Specificity of antivenomous sera (second communication) - Number 10
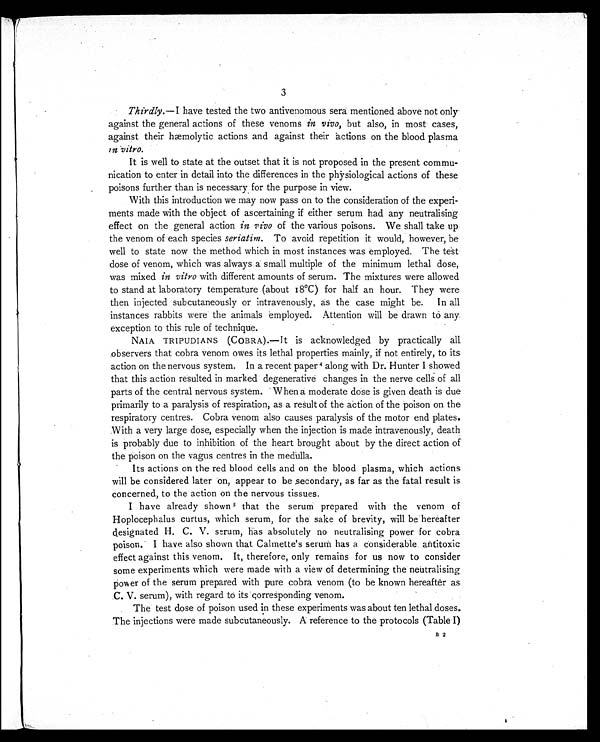
3
Thirdly.—I have tested the two antivenomous sera mentioned above not only
against the general actions of these venoms in vivo, but also, in most cases,
against their hæmolytic actions and against their actions on the blood plasma
in vitro.
It is well to state at the outset that it is not proposed in the present commu-
nication to enter in detail into the differences in the physiological actions of these
poisons further than is necessary for the purpose in view.
With this introduction we may now pass on to the consideration of the experi-
ments made with the object of ascertaining if either serum had any neutralising
effect on the general action in vivo of the various poisons. We shall take up
the venom of each species seriatim. To avoid repetition it would, however, be
well to state now the method which in most instances was employed. The test
dose of venom, which was always a small multiple of the minimum lethal dose,
was mixed in vitro with different amounts of serum. The mixtures were allowed
to stand at laboratory temperature (about 18°C) for half an hour. They were
then injected subcutaneously or intravenously, as the case might be. In all
instances rabbits were the animals employed. Attention will be drawn to any
exception to this rule of technique.
NAIA TRIPUDIANS (COBRA).—It is acknowledged by practically all
observers that cobra venom owes its lethal properties mainly, if not entirely, to its
action on the nervous system. In a recent paper 4 along with Dr. Hunter I showed
that this action resulted in marked degenerative changes in the nerve cells of all
parts of the central nervous system. When a moderate dose is given death is due
primarily to a paralysis of respiration, as a result of the action of the poison on the
respiratory centres. Cobra venom also causes paralysis of the motor end plates.
With a very large dose, especially when the injection is made intravenously, death
is probably due to inhibition of the heart brought about by the direct action of
the poison on the vagus centres in the medulla.
Its actions on the red blood cells and on the blood plasma, which actions
will be considered later on, appear to be secondary, as far as the fatal result is
concerned, to the action on the nervous tissues.
I have already shown 5 that the serum prepared with the venom of
Hoplocephalus curtus, which serum, for the sake of brevity, will be hereafter
designated H. C. V. serum, has absolutely no neutralising power for cobra
poison. I have also shown that Calmette's serum has a considerable antitoxic
effect against this venom. It, therefore, only remains for us now to consider
some experiments which were made with a view of determining the neutralising
power of the serum prepared with pure cobra venom (to be known hereafter as
C. V. serum), with regard to its corresponding venom.
The test dose of poison used in these experiments was about ten lethal doses.
The injections were made subcutaneously. A reference to the protocols (Table I)
B 2